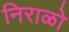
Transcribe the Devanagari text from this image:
निराळो